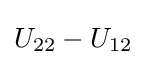
U_{22}-U_{12}